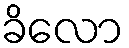
ခိလော